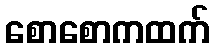
စောစောကထက်